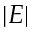
| E |